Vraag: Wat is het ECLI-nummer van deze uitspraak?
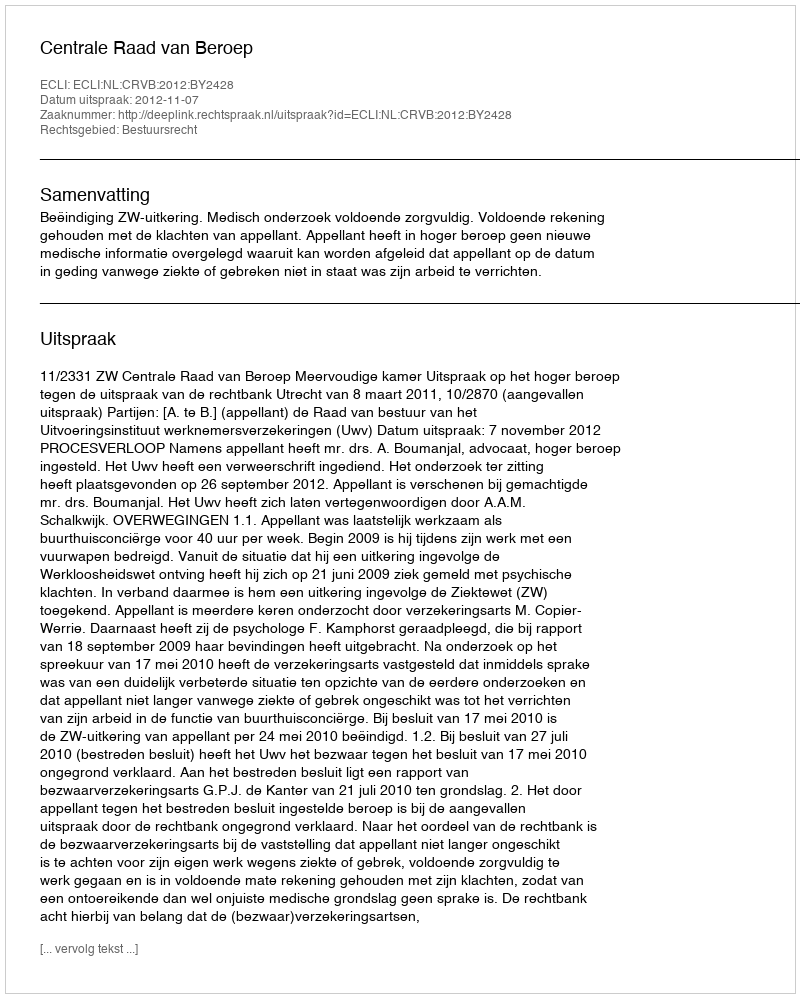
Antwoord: ECLI:NL:CRVB:2012:BY2428